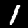
Label: 1